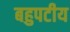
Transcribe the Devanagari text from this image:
बहुपटीय